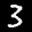
Label: 3